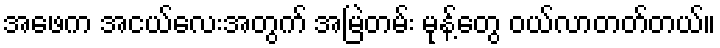
အဖေက အငယ်လေးအတွက် အမြဲတမ်း မုန့်တွေ ဝယ်လာတတ်တယ်။